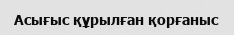
Асығыс құрылған қорғаныс